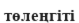
төлеңгіті